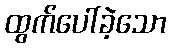
ထွက်ပေါ်ခဲ့သော